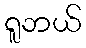
ရူဘယ်